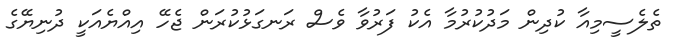
ތެލެސީމިއާ ކުދިން މަދުކުރުމާ އެކު ފަރުވާ ވެސް ރަނގަޅުކުރަން ޖެހޭ އިއްޔެއަކީ ދުނިޔޭގެ